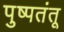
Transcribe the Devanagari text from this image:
पुष्पतंतू